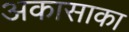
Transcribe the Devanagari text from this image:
अकासाका